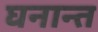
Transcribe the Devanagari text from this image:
घनान्त